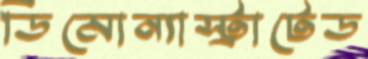
ডিমোন্যাস্ট্রাটেড